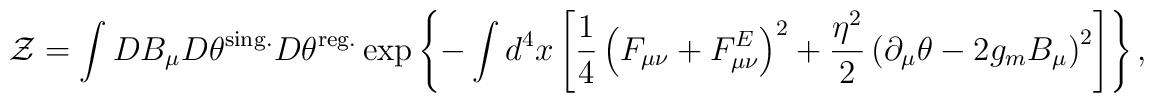
{\cal Z}=\int DB_\mu D\theta^{{\rm sing.}} D\theta^{{\rm reg.}}\exp\left\{-\int d^4x\left[\frac14\left(F_{\mu\nu}+F_{\mu\nu}^E\right)^2+\frac{\eta^2}{2}\left(\partial_\mu\theta-2g_mB_\mu\right)^2\right]\right\},